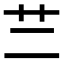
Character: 𦫽